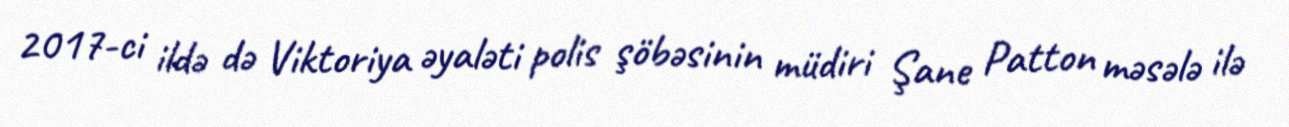
2017-ci ildə də Viktoriya əyaləti polis şöbəsinin müdiri Şane Patton məsələ ilə